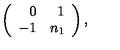
\left( \begin{array} { r r } { 0 } & { 1 } \\ { - 1 } & { n _ { 1 } } \\ \end{array} \right) ,